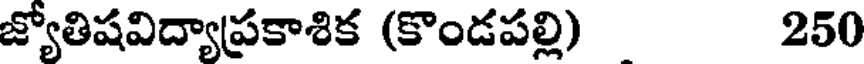
జ్యోతిషవిద్యాప్రకాశిక (కొండపల్లి) 250